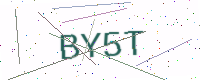
Text: BY5T